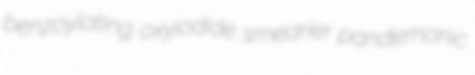
benzoylating oxyiodide smearier pandemonic